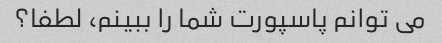
می توانم پاسپورت شما را ببینم، لطفا؟